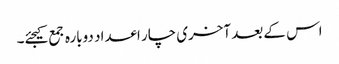
اس کے بعد آخری چار اعداد دوبارہ جمع کیجئے۔